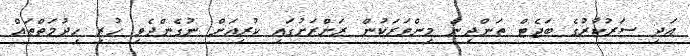
އަދި ސަރުކާރުގެ ބަޖެޓް ތަންދިން މިންވަރަކުން ރަށްރަށުގައި ކުރިއަށް ނުގެންދެވި ހުރި ހިދުމަތްތައް